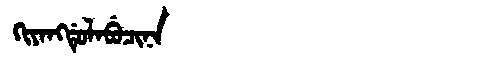
Manchu: ᡴᡳᠶᠠᠩᡩᡠᠯᠠᠪᡠᠴᡳᠨᠠ
Romanization: KIYANGDULABUCINA